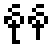
နုန